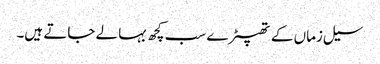
سیل زماں کے تھپیڑے سب کچھ بہا لے جاتے ہیں۔